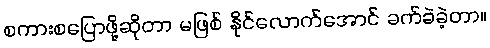
စကားစပြောဖို့ဆိုတာ မဖြစ် နိုင်လောက်အောင် ခက်ခဲခဲ့တာ။